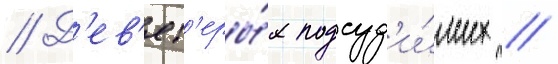
// Д'ев'ят'еры́х подсуд'и́мых /